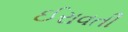
ઈરાવતી